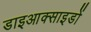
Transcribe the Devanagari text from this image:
डाइआक्साइडों